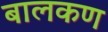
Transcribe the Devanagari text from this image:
बालकण